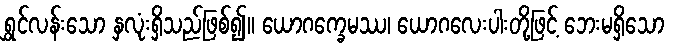
ရွှင်လန်းသော နှလုံးရှိသည်ဖြစ်၍။ ယောဂက္ခေမဿ၊ ယောဂလေးပါးတို့ဖြင့် ဘေးမရှိသော